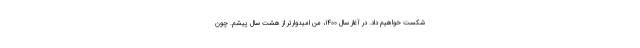
شکست خواهیم داد. در آغاز سال ۱۴۰۰، من امیدوارتر از هشت سال پیشم. چون